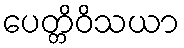
ပေတ္တိဝိသယာ